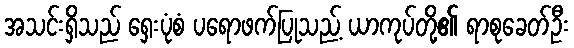
အသင်းရှိသည် ရှေးပုံစံ ပရောဖက်ပြုသည့် ယာကုပ်တို့၏ ရာစုခေတ်ဦး